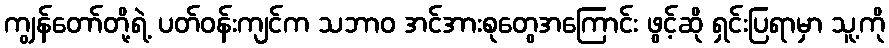
ကျွန်တော်တို့ရဲ့ ပတ်ဝန်းကျင်က သဘာဝ အင်အားစုတွေအကြောင်း ဖွင့်ဆို ရှင်းပြရာမှာ သူ့ကို